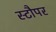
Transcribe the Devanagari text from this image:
स्टौपर